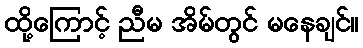
ထို့ကြောင့် ညီမ အိမ်တွင် မနေချင်။